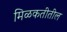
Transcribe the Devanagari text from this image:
मिळकतीतील